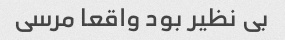
بی نظیر بود واقعا مرسی